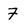
Character: 7